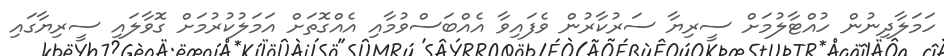
ހަމަލާދިނުން ހުއްޓާލުމަށް ސީރިޔާ ސަރުކާރުން ވެފައިވާ އެއްބަސްވުމާއި އެއްގޮތަށް އަމަލުކުރުމަށް ގޮވާލައި ސީރިޔާގައި